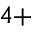
^ { 4 + }